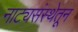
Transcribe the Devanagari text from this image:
नाट्यसंस्थेतून